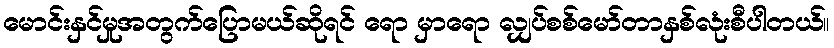
မောင်းနှင်မှုအတွက်ပြောမယ်ဆိုရင် ရော မှာရော လျှပ်စစ်မော်တာနှစ်လုံးစီပါတယ်။